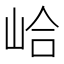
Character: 峆